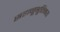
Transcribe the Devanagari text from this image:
सहानूभूतिमय